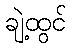
ချဲ့ထွင်